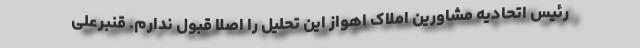
رئیس اتحادیه مشاورین املاک اهواز این تحلیل را اصلا قبول ندارم. قنبرعلی